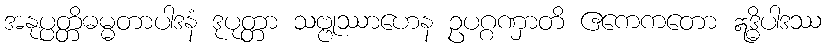
အနုပ္ပတ္တိဓမ္မတာပါဒနံ ဒုပုတ္တာ သဗ္ဗုဿာဟေန ဥပဂ္ဂဏှာတိ ဧကေကတော ဣဒ္ဓိပါဒဿ